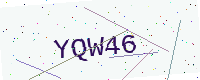
Text: YQW46